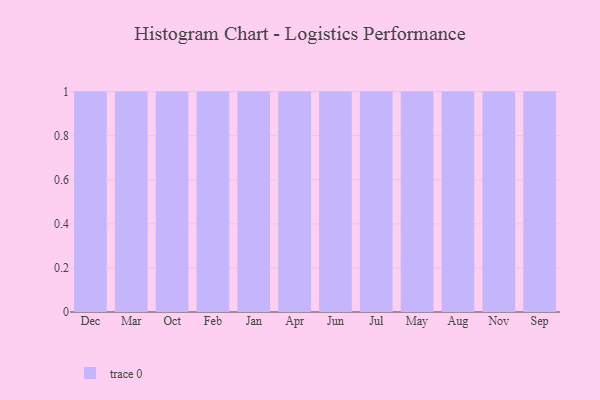
{"axis": {"x": "Month", "y": "Conversion Rate (%)"}, "legend": [""], "data": [{"x": "Dec", "y": 46, "type": ""}, {"x": "Mar", "y": 46, "type": ""}, {"x": "Oct", "y": 65, "type": ""}, {"x": "Feb", "y": 30, "type": ""}, {"x": "Jan", "y": 85, "type": ""}, {"x": "Apr", "y": 81, "type": ""}, {"x": "Jun", "y": 3, "type": ""}, {"x": "Jul", "y": 42, "type": ""}, {"x": "May", "y": 25, "type": ""}, {"x": "Aug", "y": 19, "type": ""}, {"x": "Nov", "y": 34, "type": ""}, {"x": "Sep", "y": 99, "type": ""}]}